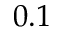
0 . 1